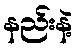
နည်းနဲ့